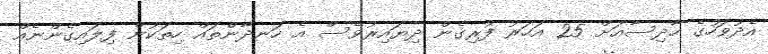
އެދުވަހުގެ ހާދިސާއަށް 25 އަހަރު ފުރިގެން ދިޔައިރުވެސް އެ ހަނދާންތައް ހިތަކުން ފިލައިގެންނެއް